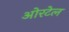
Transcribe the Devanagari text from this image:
ओरटेल